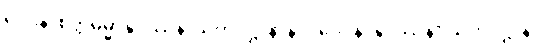
ဝေဒနာစိတ္တဓမ္မာနုပဿနာသတိပဋ္ဌာနာနိပိ၊ ဝေဒနာနုပဿနာ သတိပဋ္ဌာန်